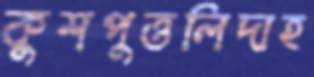
কুশপুত্তলিদাহ